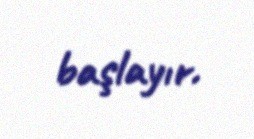
başlayır.